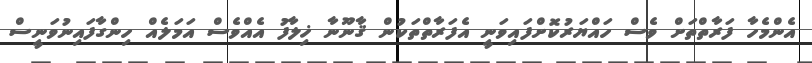
އެންމެހާ ފަރާތްތަށް ވެސް ހައްޔަރުކޮށްފައިވަނީ އެފަރާތްތަކުން ޤާނޫނާ ޚިލާފު އެއްވެސް އަމަލެއް ހިންގާފައިނުވަނީސް